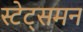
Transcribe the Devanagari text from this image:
स्टेट्समन